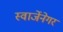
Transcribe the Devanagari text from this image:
स्वार्जेनेगर